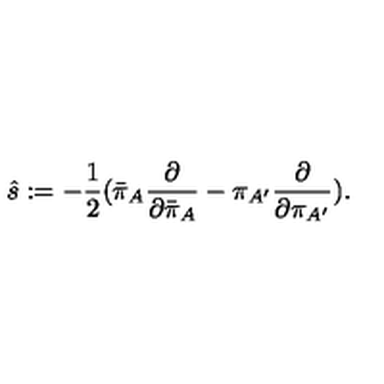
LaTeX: { \hat { s } } : = - { \frac { 1 } { 2 } } ( { \bar { \pi } } _ { A } { \frac { \partial } { \partial { \bar { \pi } } _ { A } } } - \pi _ { A ^ { \prime } } { \frac { \partial } { \partial \pi _ { A ^ { \prime } } } } ) .